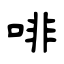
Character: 啡